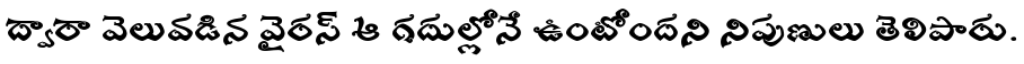
ద్వారా వెలువడిన వైరస్ ఆ గదుల్లోనే ఉంటోందని నిపుణులు తెలిపారు.